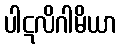
ပါဋလိဂါမိယာ